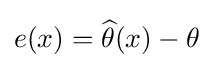
e(x)={\widehat {\theta }}(x)-\theta